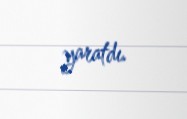
yaratdı.